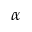
\alpha